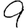
Digit: 9